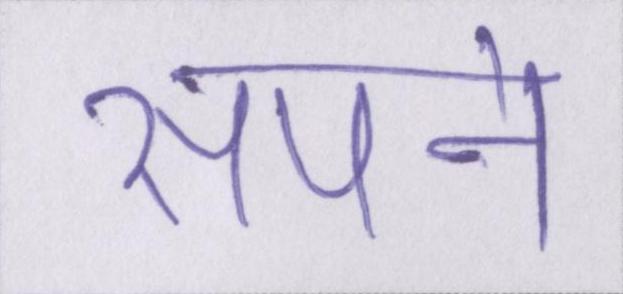
सपने